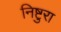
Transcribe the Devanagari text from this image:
निष्टुरा